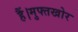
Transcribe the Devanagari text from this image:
हैं।मुफ्तखोर